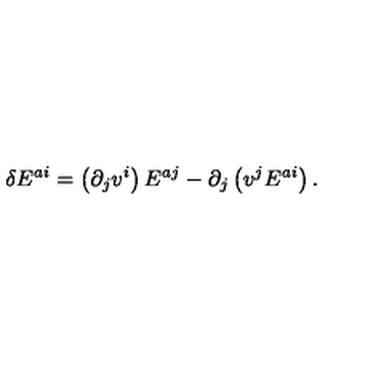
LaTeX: \delta E ^ { a i } = \left( \partial _ { j } v ^ { i } \right) E ^ { a j } - \partial _ { j } \left( v ^ { j } E ^ { a i } \right) .